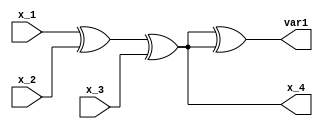
module exercise1_3(
    output  var1,   x_4,
    input   x_1,    x_2,    x_3);

    xor     EOR1(x_4, x_1, x_2, x_3);
    xor     EOR2(var1, x_1, x_2, x_3, x_4);
endmodule

module testbench1_3;
    reg     x_1,    x_2,    x_3;
    wire    var1,   x_4;

    exercise1_3 tb1(var1,   x_4,    x_1,    x_2,    x_3);

    initial begin
                x_1=1'b0;   x_2=1'b0;   x_3=1'b0;
         #10    x_1=1'b0;   x_2=1'b0;   x_3=1'b1;
         #10    x_1=1'b0;   x_2=1'b1;   x_3=1'b0;
         #10    x_1=1'b0;   x_2=1'b1;   x_3=1'b1;
         #10    x_1=1'b1;   x_2=1'b0;   x_3=1'b0;
         #10    x_1=1'b1;   x_2=1'b0;   x_3=1'b1;
         #10    x_1=1'b1;   x_2=1'b1;   x_3=1'b0;
         #10    x_1=1'b1;   x_2=1'b1;   x_3=1'b1;
         
         $finish;
             
    end
endmodule